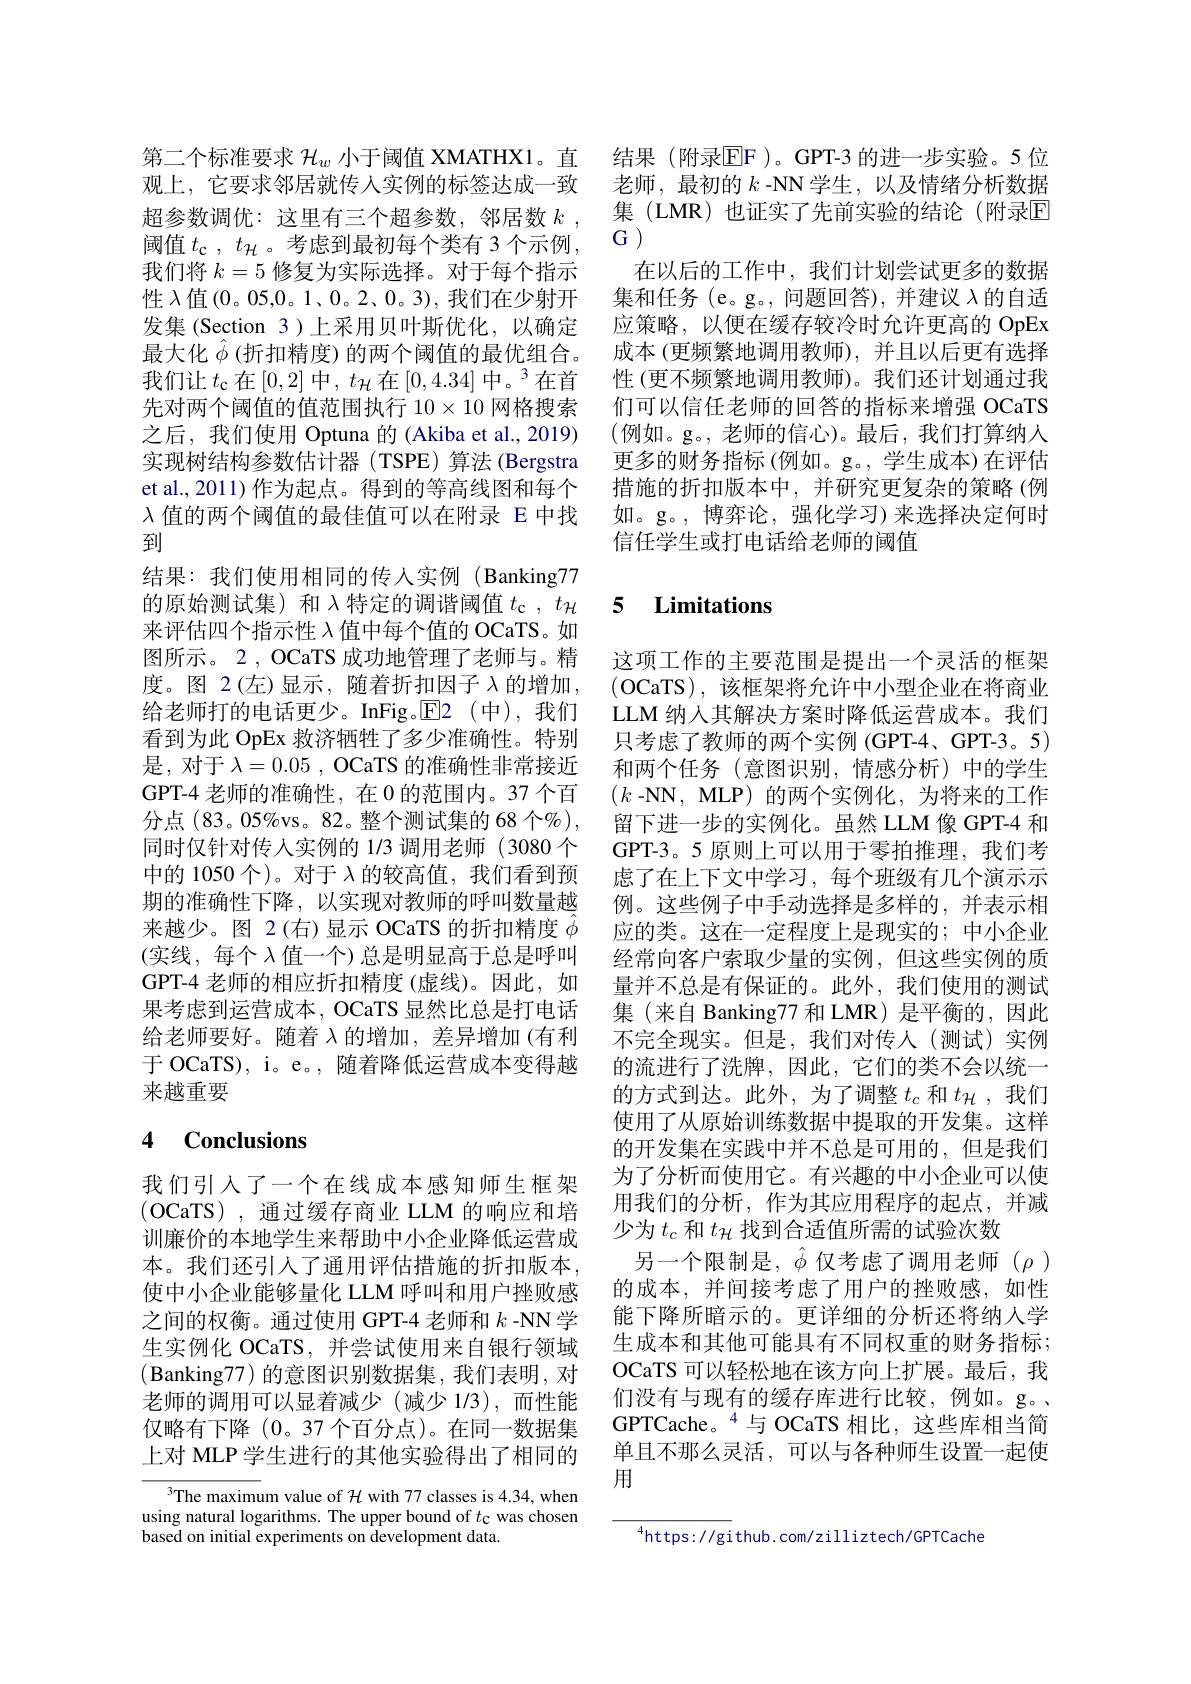
阈值$t_{\mathbf{c}},t_{\mathcal{H}}$。考虑到最初每个类有 3个示例，G)
我们将$k=5$修复为实际选择。对于每个指示性 $\lambda$值(0。05,0。1、0。2、0。3),我们在少射开发集 (Section 3)上采用贝叶斯优化，以确定我们让$t_{\mathrm{c}}$在[0,2]中$,t_{\mathcal{H}}$在$[0,4.34]\text{ 中。}^{3}$在首先对两个阈值的值范围执行$10\times10$网格搜索之后，我们使用 Optuna 的 (Akiba et al., 2019) 实现树结构参数估计器(TSPE)算法(Bergstra et al.,2011) 作为起点。得到的等高线图和每个$\lambda$值的两个阈值的最佳值可以在附录 E 中找到
结果：我们使用相同的传入实例(Banking77的原始测试集)和$\lambda$特定的调谐阈值$t_\mathrm{c},t_\mathrm{H}$ 来评估四个指示性$\lambda$值中每个值的 OCaTS。如图所示。2, OCaTS 成功地管理了老师与。精度。图 2(左)显示，随着折扣因子$\lambda$ 的增加， 给老师打的电话更少。InFig。$\boxed{\mathrm{E}}$2(中),我们看到为此 OpEx 救济牺牲了多少准确性。特别是，对于 $\lambda = 0. 05$ , OCaTS 的准确性非常接近GPT-4 老师的准确性，在 0 的范围内。37 个百分点(83。05%vs。82。整个测试集的 68 个$\%)$, 同时仅针对传人实例的 1/3 调用老师 (3080 个中的 1050 个)。对于$\lambda$的较高值，我们看到预 虑了在上下文中学习，每个班级有几个演示示期的准确性下降，以实现对教师的呼叫数量越 例。这些例子中手动选择是多样的，并表示相来越少。图 2(右)显示 OCaTS 的折扣精度$\hat{\phi}$应的类。这在一定程度上是现实的；中小企业(实线，每个 $\lambda$值一个) 总是明显高于总是呼叫 经常向客户索取少量的实例，但这些实例的质GPT-4 老师的相应折扣精度 (虚线)。因此，如 量并不总是有保证的。此外，我们使用的测试果考虑到运营成本，OCaTS 显然比总是打电话 集(来自 Banking77 和 LMR) 是平衡的，因此给老师要好。随着 λ的增加，差异增加(有利于 OCaTS), i。e。, 随着降低运营成本变得越来越重要

## 4 Conclusions

我们引入了一个在线成本感知师生框架(OCaTS),通过缓存商业 LLM 的响应和培训廉价的本地学生来帮助中小企业降低运营成本。我们还引入了通用评估措施的折扣版本， 使中小企业能够量化 LLM 呼叫和用户挫败感之间的权衡。通过使用 GPT-4 老师和$k$ -NN 学生实例化 OCaTS,并尝试使用来自银行领域(Banking77)的意图识别数据集，我们表明，对老师的调用可以显着减少(减少 1/3),而性能仅略有下降(0。37个百分点)。在同一数据集上对 MLP 学生进行的其他实验得出了相同的

$^3$The maximum value of $\mathcal{H}$ with 77 classes is 4.34, when using natural logarithms. The upper bound of $t_{\mathrm{C}}$ was chosen based on initial experiments on development data.

第二个标准要求 $\mathcal{H}_w$ 小于阈值 XMATHX1。直 结果 (附录$\mathbb{E}$F)。GPT-3 的进一步实验。5 位观上，它要求邻居就传人实例的标签达成一致 老师，最初的$k$ -NN学生，以及情绪分析数据超参数调优：这里有三个超参数，邻居数 $k$, 集(LMR)也证实了先前实验的结论(附录E)
在以后的工作中，我们计划尝试更多的数据集和任务(e。g。, 问题回答),并建议$\lambda$的自适应策略，以便在缓存较冷时允许更高的 OpEx
最大化$\hat{\phi}\left(\text{折扣精度)的两个阈值的最优组合。成本 (更频繁地调用教师),并且以后更有选择}\right.$
性 (更不频繁地调用教师)。我们还计划通过我们可以信任老师的回答的指标来增强 OCaTS (例如。g。,老师的信心)。最后，我们打算纳人更多的财务指标(例如。g。, 学生成本)在评估措施的折扣版本中，并研究更复杂的策略(例如。g。,博弈论，强化学习)来选择决定何时信任学生或打电话给老师的阈值

# 5 Limitations

这项工作的主要范围是提出一个灵活的框架(OCaTS),该框架将允许中小型企业在将商业LLM 纳人其解决方案时降低运营成本。我们只考虑了教师的两个实例(GPT-4、GPT-3。5) 和两个任务 (意图识别，情感分析)中的学生$(k$ -NN, MLP)的两个实例化，为将来的工作留下进一步的实例化。虽然 LLM 像 GPT-4 和GPT-3。5 原则上可以用于零拍推理，我们考不完全现实。但是，我们对传入(测试)实例的流进行了洗牌，因此，它们的类不会以统一的方式到达。此外，为了调整$t_c$和$t_\mathcal{H}$,我们使用了从原始训练数据中提取的开发集。这样的开发集在实践中并不总是可用的，但是我们为了分析而使用它。有兴趣的中小企业可以使用我们的分析，作为其应用程序的起点，并减少为$t_c$和$t_\mathcal{H}$找到合适值所需的试验次数
另一个限制是，$\hat{\phi}$仅考虑了调用老师($\rho)$ 的成本，并间接考虑了用户的挫败感，如性能下降所暗示的。更详细的分析还将纳人学生成本和其他可能具有不同权重的财务指标； OCaTS 可以轻松地在该方向上扩展。最后，我们没有与现有的缓存库进行比较，例如。g。GPTCache。$^{4}$与 OCaTS 相比，这些库相当简单且不那么灵活，可以与各种师生设置一起使用

$^{4}$https: / / gi thub. com/ zilliztech/ GPTCache